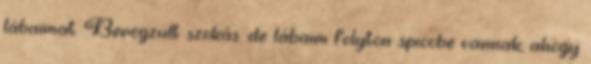
lábaimat. Berögzült szokás. de lábaim folyton spiccbe vannak, ahogy